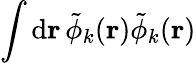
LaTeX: \int\mathrm{d}\mathbf{r}\, \tilde{\phi}_{k}(\mathbf{r})\tilde{\phi}_{k}(\mathbf{r})